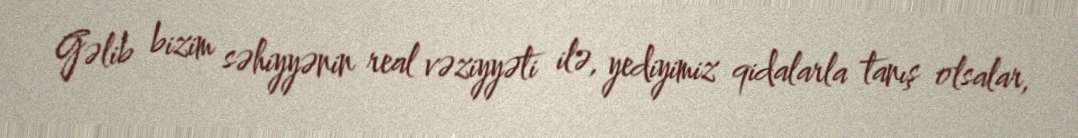
Gəlib bizim səhiyyənin real vəziyyəti ilə, yediyimiz qidalarla tanış olsalar,